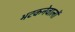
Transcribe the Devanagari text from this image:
भटकनेवालों